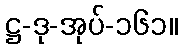
ဋ္ဌ-ဒု-အုပ်-၁၆၁။